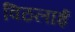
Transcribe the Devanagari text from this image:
विठलाई